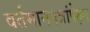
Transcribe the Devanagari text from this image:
वर्तमानपत्रांपेक्षा